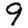
Digit: 9